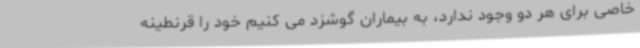
خاصی برای هر دو وجود ندارد، به بیماران گوشزد می کنیم خود را قرنطینه